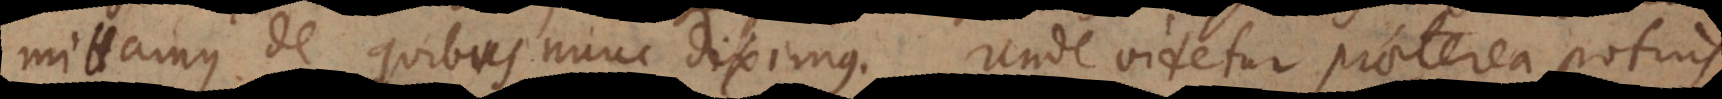
mittamus de quibus nunc diximus. Unde videtur praeterea potius